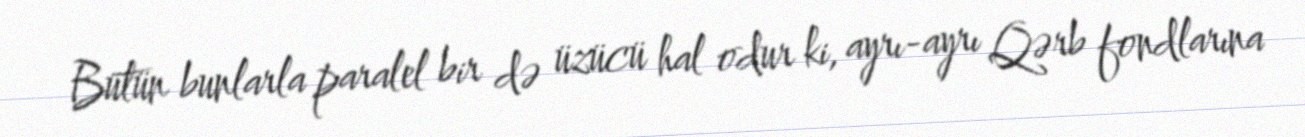
Bütün bunlarla paralel bir də üzücü hal odur ki, ayrı-ayrı Qərb fondlarına